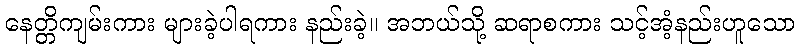
နေတ္တိကျမ်းကား များခဲ့ပါရကား နည်းခဲ့။ အဘယ်သို့ ဆရာစကား သင့်အံ့နည်းဟူသော